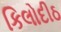
કિલોદીઠ